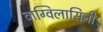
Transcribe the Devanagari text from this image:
वाग्विलासिनी